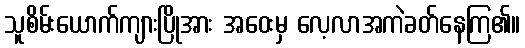
သူစိမ်းယောက်ကျားပြိုအား အဝေးမှ လေ့လာအကဲခတ်နေကြ၏။